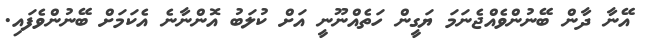
އޭނާ ދާން ބޭނުންވެއްޖެނަމަ ޔަގީން ހަތެއްނޫނީ އަށް ކުލަބު އޮންނާނެ އެކަމަށް ބޭނުންވެފައި.